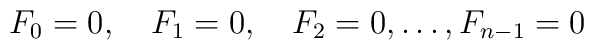
F_0=0,\quad F_1 = 0, \quad F_2 = 0,\dots , F_{n-1} = 0